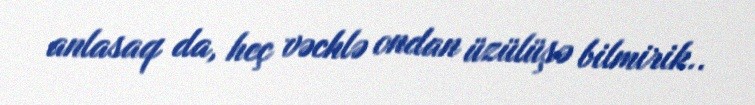
anlasaq da, heç vəchlə ondan üzülüşə bilmirik..